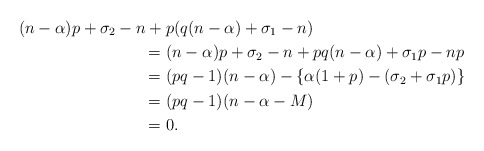
\begin{align*}(n-\alpha)p +\sigma_2 - n + {} & p(q(n-\alpha) +\sigma_1 - n) \\= {} & (n-\alpha)p + \sigma_2 - n + pq(n-\alpha) + \sigma_1 p - np \\= {} & (pq-1)(n-\alpha) - \lbrace \alpha(1+p) - (\sigma_2 + \sigma_1 p)\rbrace \\= {} & (pq-1)(n-\alpha - M) \\= {} & 0.\end{align*}